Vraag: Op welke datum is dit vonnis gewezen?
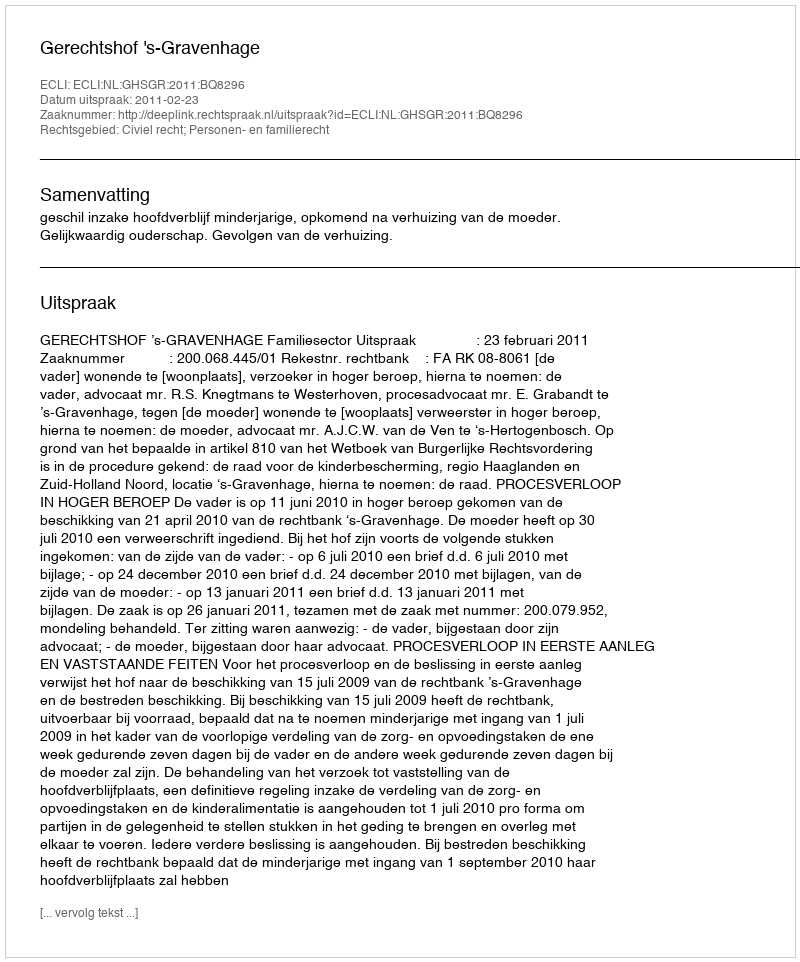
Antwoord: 2011-02-23